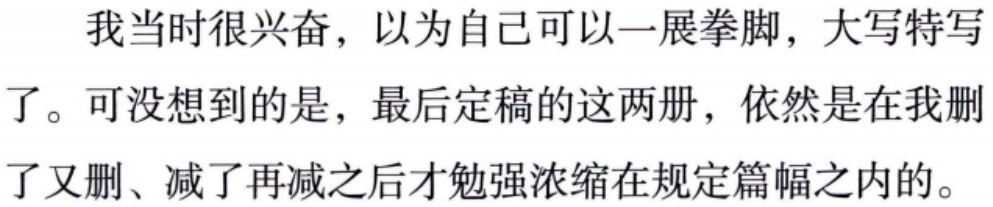
我当时很兴奋，以为自己可以一展拳脚，大写特写了。可没想到的是，最后定稿的这两册，依然是在我删了又删、减了再减之后才勉强浓缩在规定篇幅之内的。